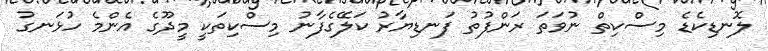
ލޮނޑިކެޑެ މިސްކިތް ނުވަތަ ރަންފުތު ފަނޑިޔާރު ކަލޭގެފާނު މިސްކިތަކީ މީދޫގެ އެންމެ ހުޅަނގު